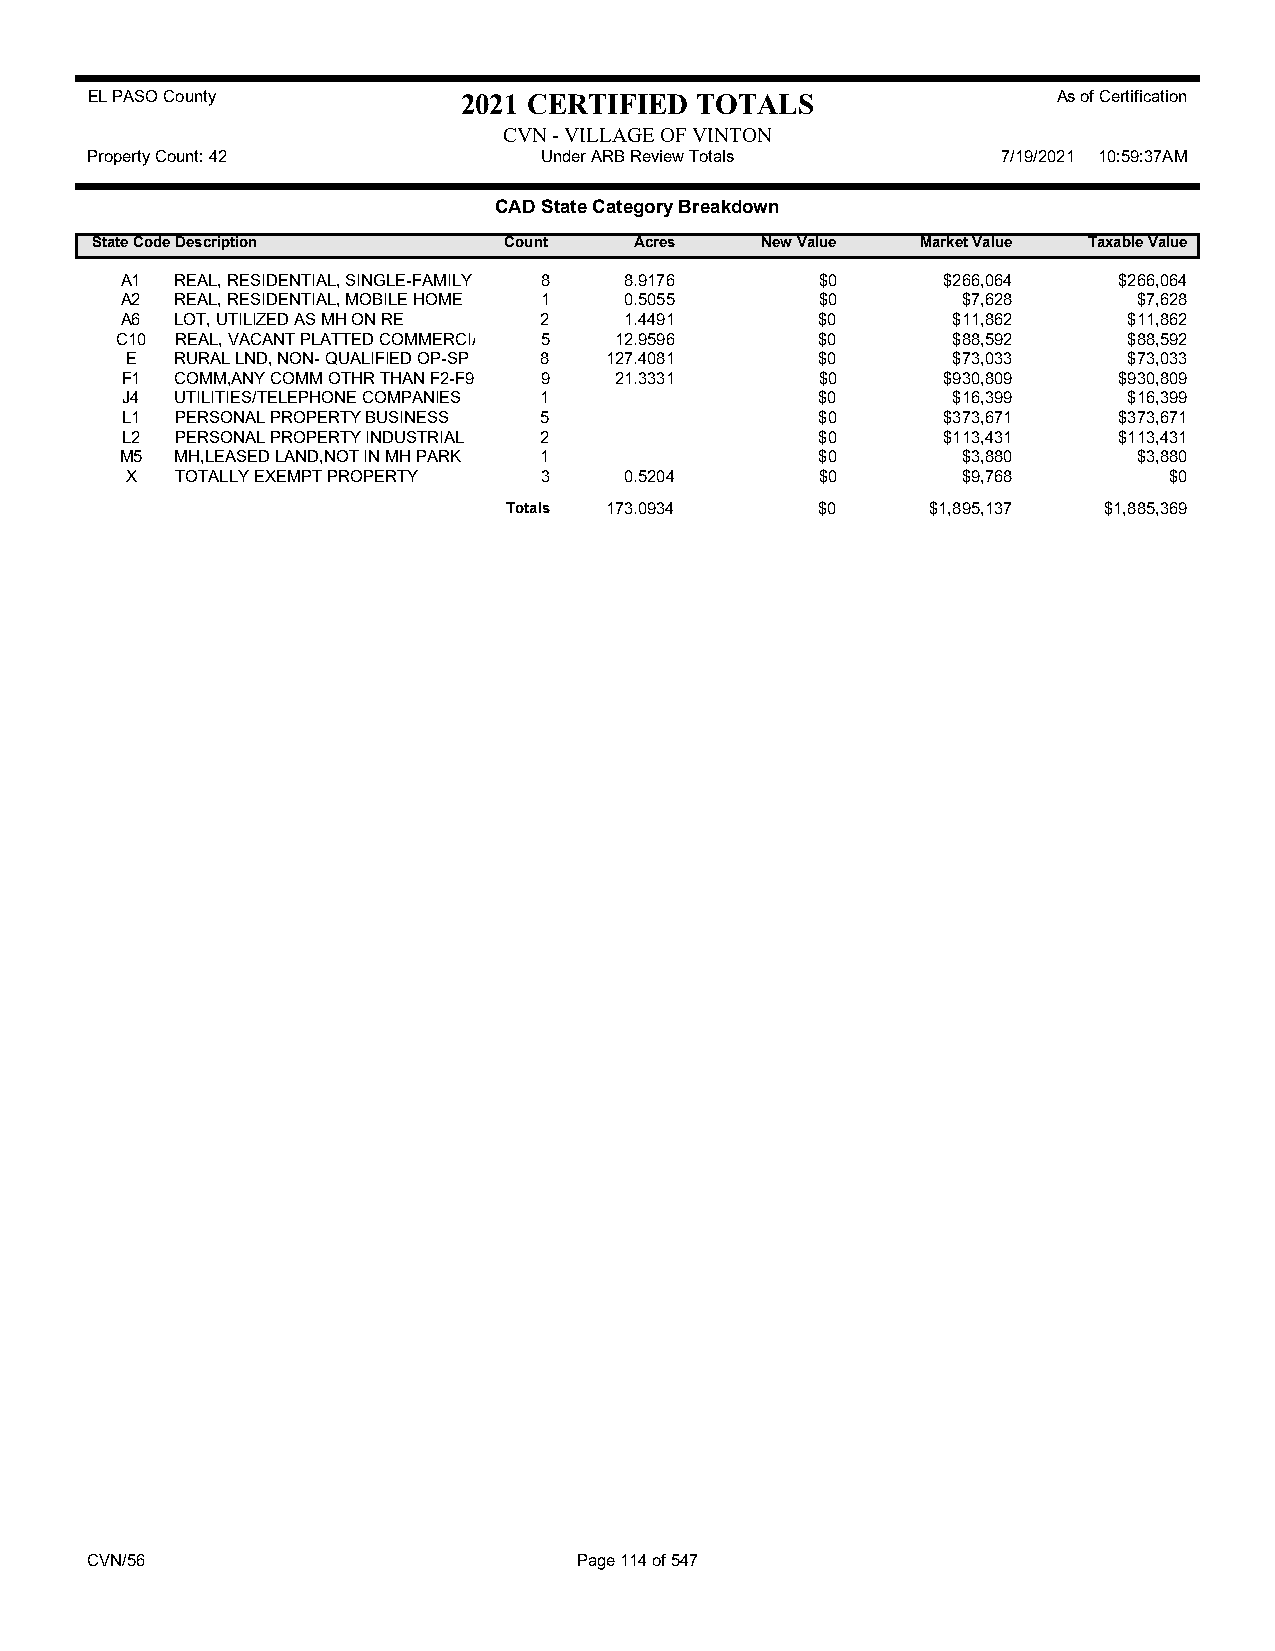
EL PASO County           2021 CERTIFIED TOTALS                  As of Certification
 CVN - VILLAGE OF VINTON
 Property Count: 42            Under ARB Review Totals       7/19/2021 10:59:37AM
 CAD State Category Breakdown
 State CodeDescription      Count    Acres   New Value  Market Value Taxable Value
 A1  REAL, RESIDENTIAL, SINGLE-FAMILY 8 8.9176 $0      $266,064    $266,064
 A2  REAL, RESIDENTIAL, MOBILE HOME 1 0.5055   $0        $7,628     $7,628
 A6  LOT, UTILIZED AS MH ON RE 2  1.4491       $0       $11,862     $11,862
 C10 REAL, VACANT PLATTED COMMERCIA 5 12.9596  $0       $88,592     $88,592
 E   RURAL LND, NON- QUALIFIED OP-SP 8 127.4081 $0      $73,033     $73,033
 F1  COMM,ANY COMM OTHR THAN F2-F9 9 21.3331   $0      $930,809    $930,809
 J4  UTILITIES/TELEPHONE COMPANIES 1           $0       $16,399     $16,399
 L1  PERSONAL PROPERTY BUSINESS 5              $0      $373,671    $373,671
 L2  PERSONAL PROPERTY INDUSTRIAL 2            $0      $113,431    $113,431
 M5  MH,LEASED LAND,NOT IN MH PARK 1           $0        $3,880     $3,880
 X   TOTALLY EXEMPT PROPERTY 3    0.5204       $0        $9,768       $0
 Totals 173.0934     $0      $1,895,137 $1,885,369
 CVN/56                          Page 114 of 547